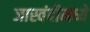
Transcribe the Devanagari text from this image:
जास्वंदीमध्ये